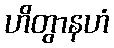
ဟိတွာနဟံ